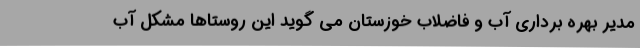
مدیر بهره برداری آب و فاضلاب خوزستان می گوید این روستاها مشکل آب